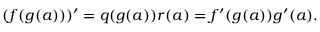
( f ( g ( a ) ) ) ^ { \prime } = q ( g ( a ) ) r ( a ) = f ^ { \prime } ( g ( a ) ) g ^ { \prime } ( a ) .